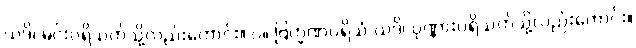
ယဒိ၊ မင်းပရိသတ်သို့လည်းကောင်း။ ပ။ ဗြဟ္မဏပရိသံ ယဒိ၊ ပုဏ္ဏားပရိသတ်သို့လည်းကောင်း။